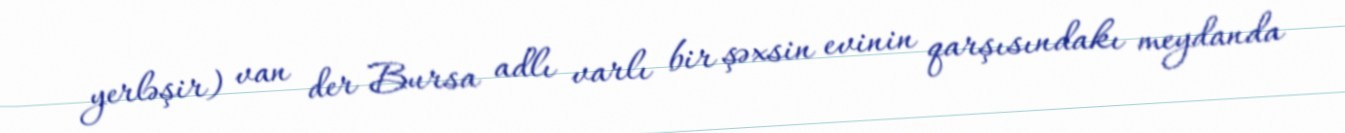
yerləşir) van der Bursa adlı varlı bir şəxsin evinin qarşısındakı meydanda